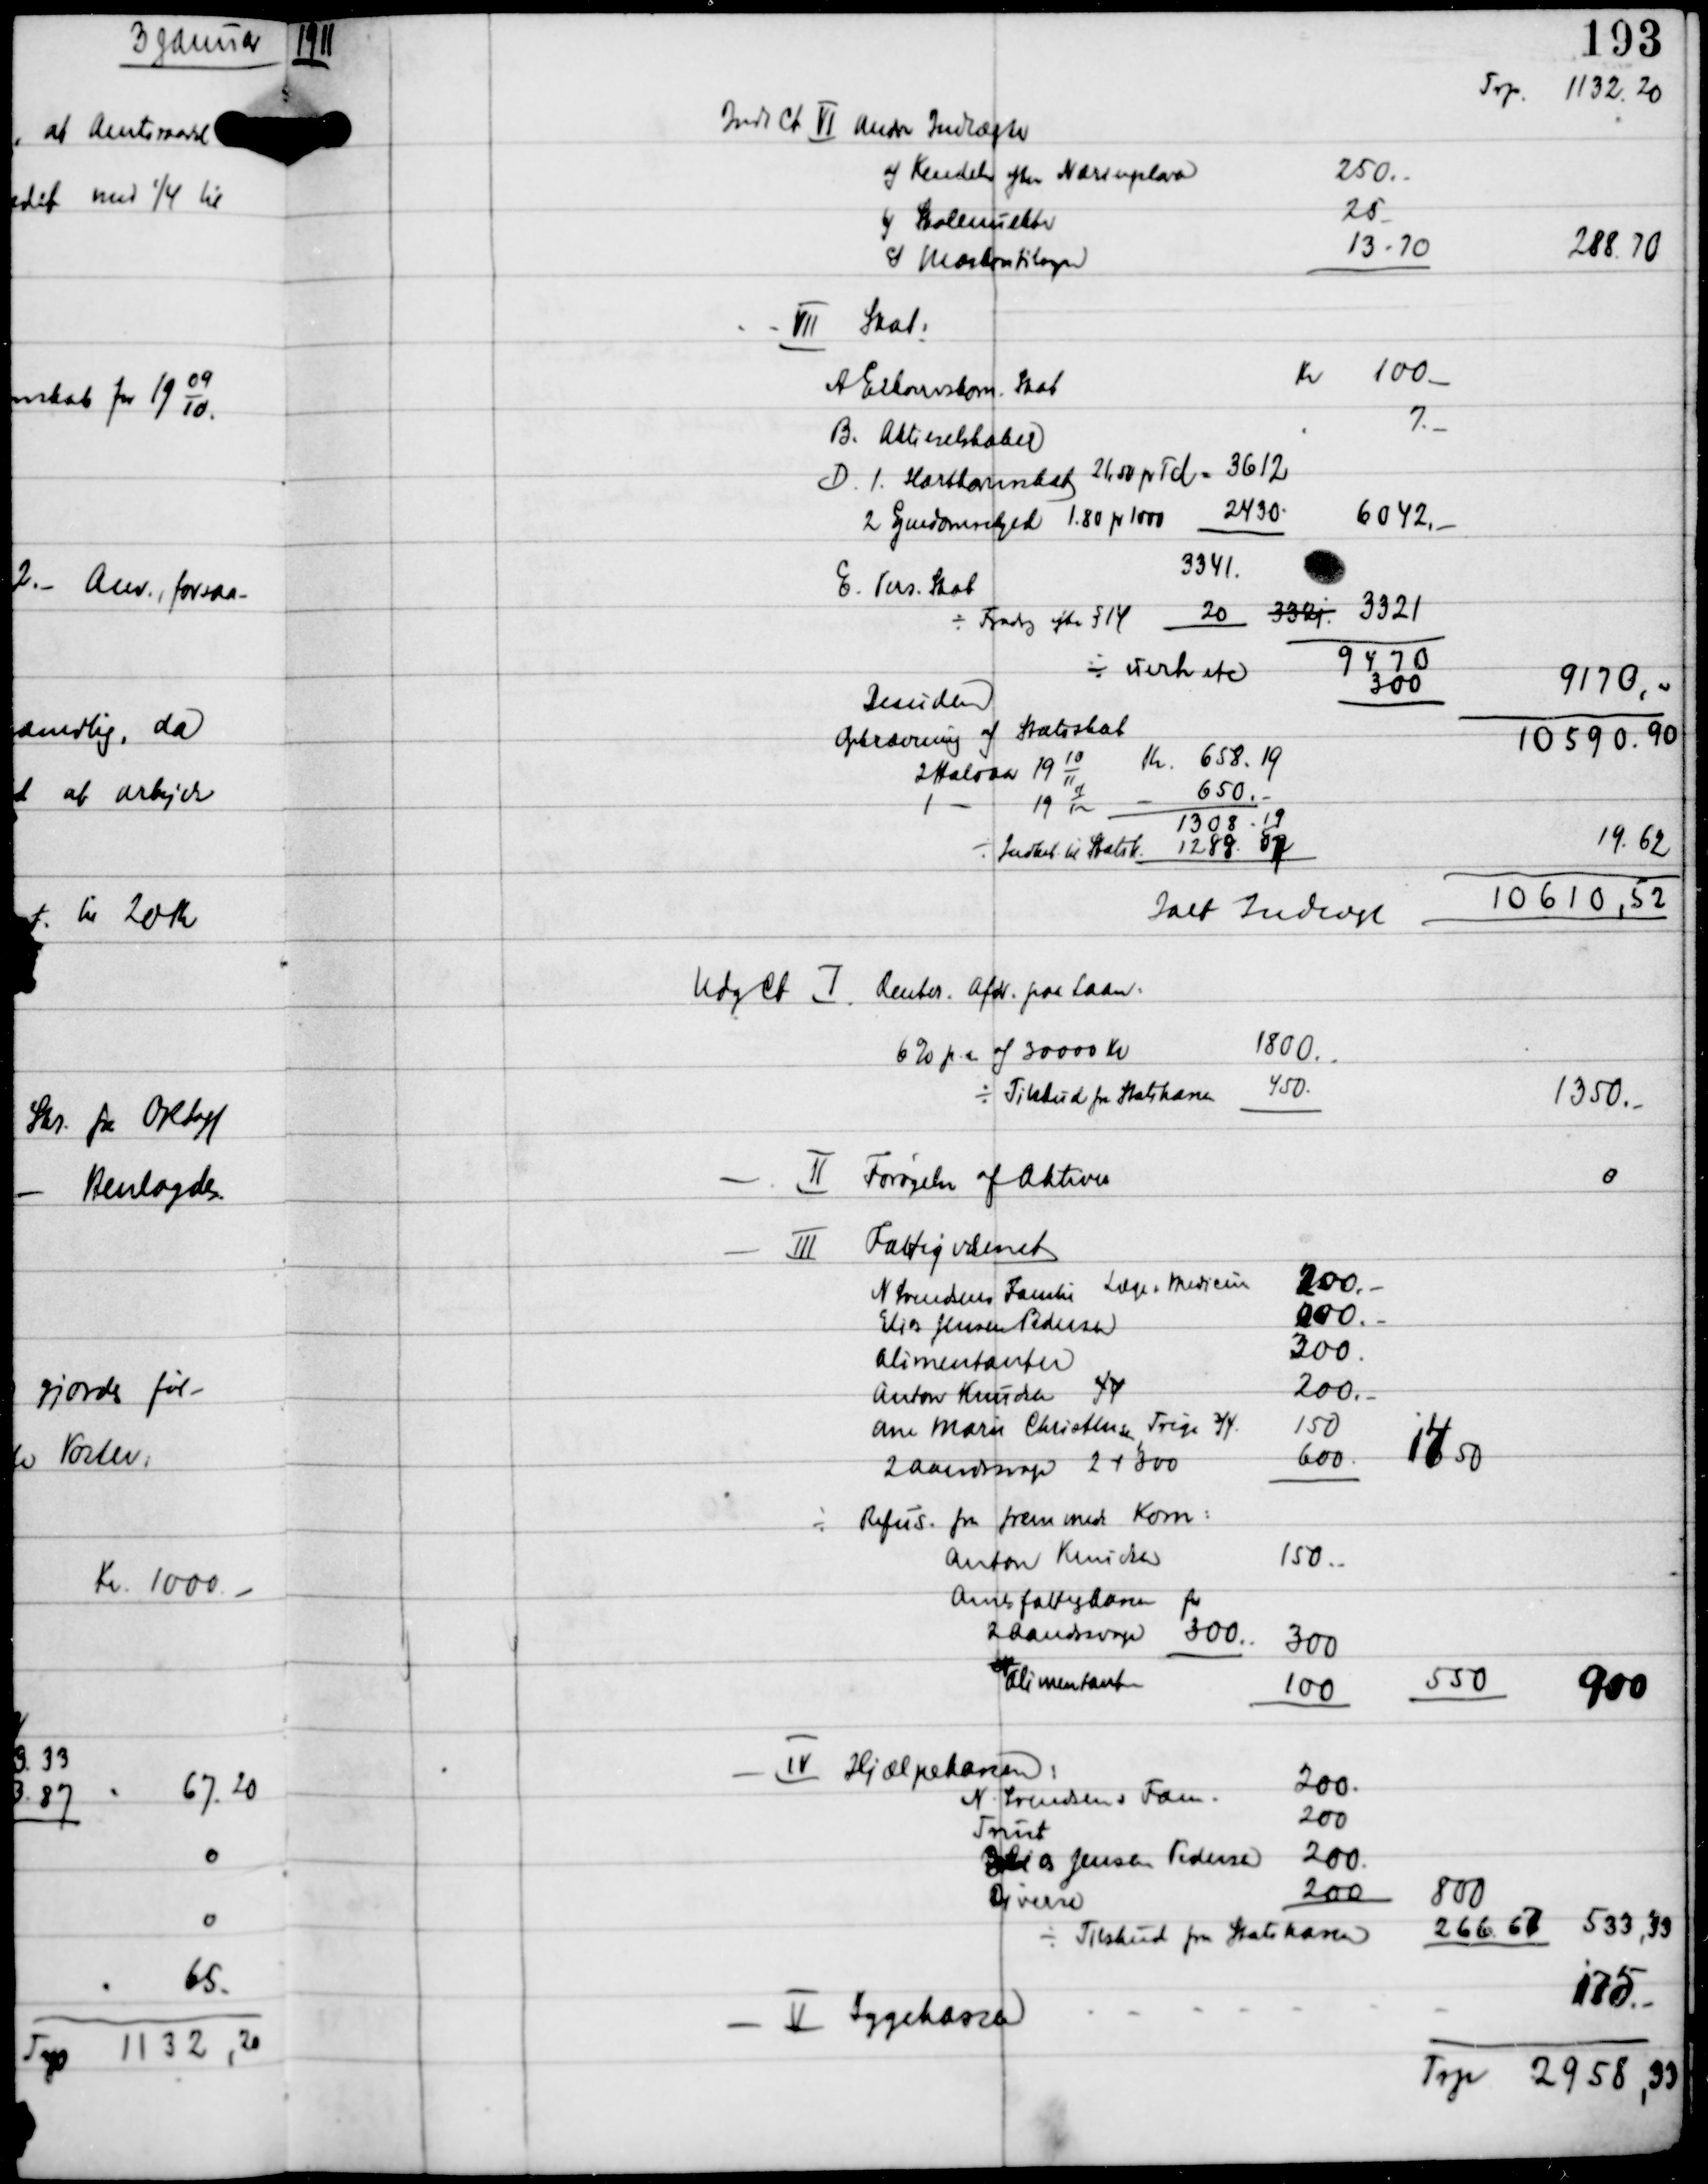
Transskription:
1911

Ialt Indtægt
10610,52

- II Forøgelse af Aktiver
0

- V Sygekassen

175.-
Trp 2958.33